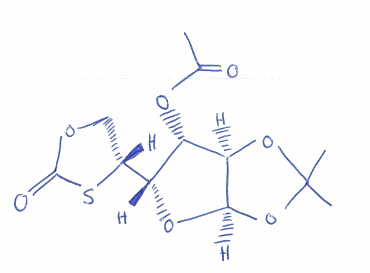
Simplified molecular-input line-entry system (SMILES) notation of the given molecule:
CC(=O)O[C@H]1[C@H](O[C@H]2[C@@H]1OC(O2)(C)C)[C@H]3COC(=O)S3